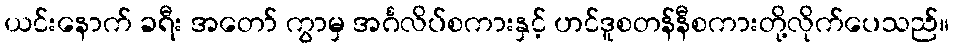
ယင်းနောက် ခရီး အတော် ကွာမှ အင်္ဂလိပ်စကားနှင့် ဟင်ဒူစတန်နီစကားတို့လိုက်ပေသည်။